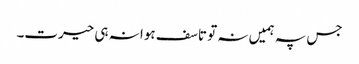
جس پہ ہمیں نہ تو تاسف ہوا نہ ہی حیرت۔